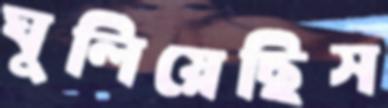
ঘুলিয়েছিস